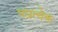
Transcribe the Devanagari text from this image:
पप्रत्येक